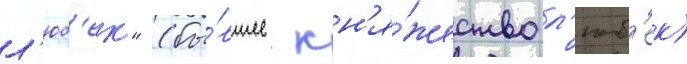
л'юб'ек" (бы́вшее кн'я́жество л'юб'ек)